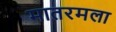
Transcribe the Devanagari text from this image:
मातरमला